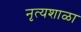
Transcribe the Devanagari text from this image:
नृत्यशाळा